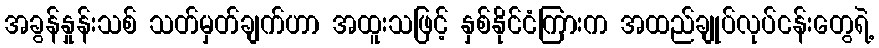
အခွန်နှုန်းသစ် သတ်မှတ်ချက်ဟာ အထူးသဖြင့် နှစ်နိုင်ငံကြားက အထည်ချုပ်လုပ်ငန်းတွေရဲ့